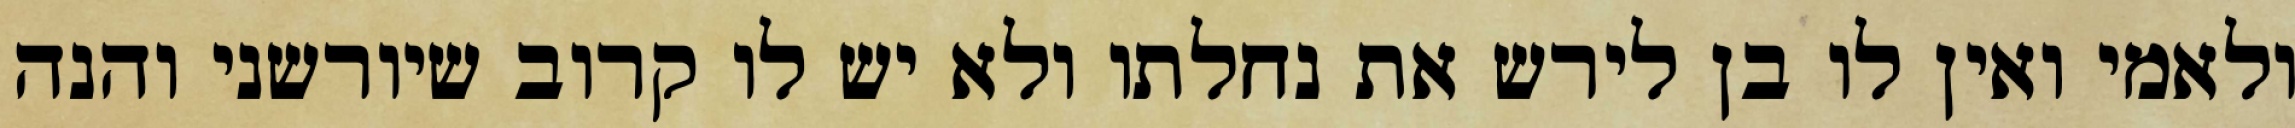
ולאמי ואין לו בן לירש את נחלתו ולא יש לו קרוב שיורשני והנה